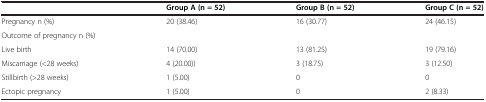
|  | Group A (n = 52) | Group B (n = 52) | Group C (n = 52) |
 | --- | --- | --- | --- |
 | Pregnancy n (%) | 20 (38.46) | 16 (30.77) | 24 (46.15) |
 | Outcome of pregnancy n (%) |  |  |  |
 | Live birth | 14 (70.00) | 13 (81.25) | 19 (79.16) |
 | Miscarriage (<28 weeks) | 4 (20.00)) | 3 (18.75) | 3 (12.50) |
 | Stillbirth (>28 weeks) | 1 (5.00) | 0 | 0 |
 | Ectopic pregnancy | 1 (5.00) | 0 | 2 (8.33) |